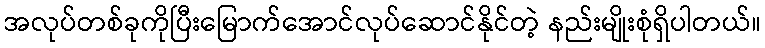
အလုပ်တစ်ခုကိုပြီးမြောက်အောင်လုပ်ဆောင်နိုင်တဲ့ နည်းမျိုးစုံရှိပါတယ်။